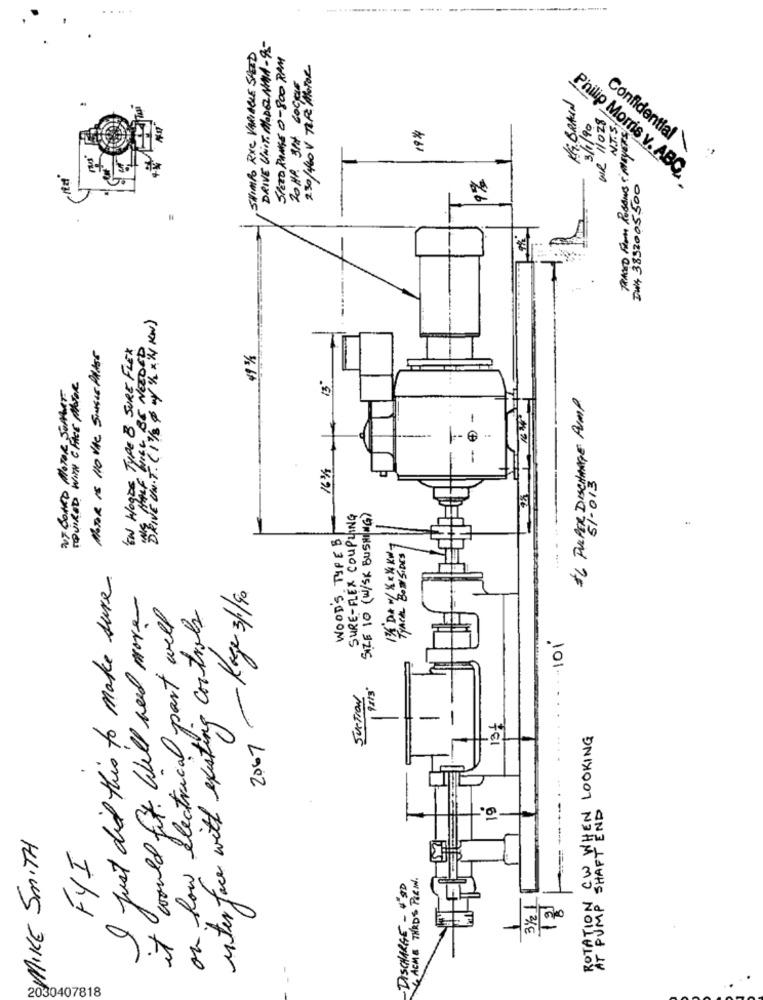
SHIMPO RXC VARIABLE SPEED
DRIVE UNIT. MODERNMA - 95-
SPERO PRISE 0-800 RPM
230/440 V TIP /MOTOR
20 1P. 314 60CHE
KG. BRAUN
WR 11028
194
3/1/90
TeMED FROM PoSENS & MEYERS
Confidential\
Philip Morris v. ABC
Dw4 3852005500
FIVE UN.T. (1 1/B & w/ ' x '4 KW)
MOTOR IS 110 VAC Seus PAISS
EN HogDE TYPE B JURE FLEX
WILL BE NEEDED
19%
OUT BOARD MOTOR SOMME
AQUIRED WITH CFACE MOTOR
*6 PULPER DISCHARGE PUMP
16/
51-013
SURE-FLEX COUPLING
SIZE 10 (W/SK BUSHING)
WOODS TYPE B
TRACKL BOTHSIDES
I just did this to make sure
2067 -Kage 3/40
it would fit. Will need more
on how electrical part well
interface with existing controls
-101
rts'
SUSTION
13+
ROTATION CW WHEN LOOKING
MIKE SMITH
AT PUMP SHAFT
FYI
CACHE THEDS PORN.
·DISCHARGE - USD
31/21
2030407818